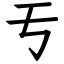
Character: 亐